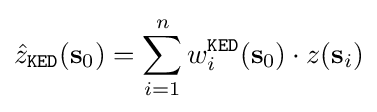
{\hat {z}}_{\mathtt {KED}}(\mathbf {s} _{0})=\sum \limits _{i=1}^{n}w_{i}^{\mathtt {KED}}(\mathbf {s} _{0})\cdot z(\mathbf {s} _{i})